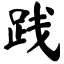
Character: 践